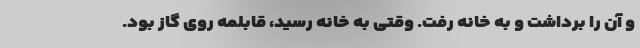
و آن را برداشت و به خانه رفت. وقتی به خانه رسید، قابلمه روی گاز بود.